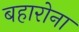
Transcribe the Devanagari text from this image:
बहारोना